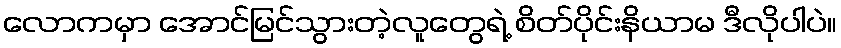
လောကမှာ အောင်မြင်သွားတဲ့လူတွေရဲ့ စိတ်ပိုင်းနိယာမ ဒီလိုပါပဲ။